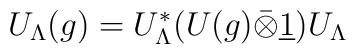
U_{\Lambda }(g)=U_{\Lambda }^{*}(U(g)\bar{\otimes}\underline{1})U_{\Lambda }